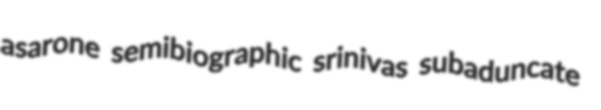
asarone semibiographic srinivas subaduncate